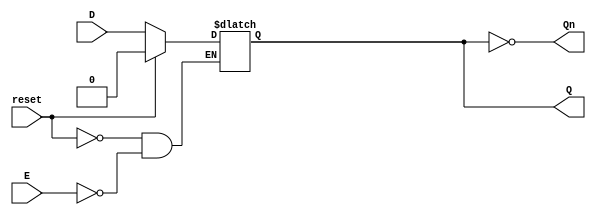
module LatchRegister (
    input wire D,      // Data input
    input wire E,      // Enable signal
    input wire reset,  // Optional reset signal
    output reg Q,      // Output Q
    output wire Qn     // Complement of Q
);

// Initialize Q to 0 or desired state
always @(*) begin
    if (reset) begin
        Q <= 1'b0; // Reset Q to 0
    end else if (E) begin
        Q <= D; // Store the value of D when E is high
    end
    // If E is low, Q will hold its previous value (no assignment needed)
end

assign Qn = ~Q; // Complement of Q

endmodule